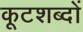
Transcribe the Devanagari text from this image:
कूटशब्दों